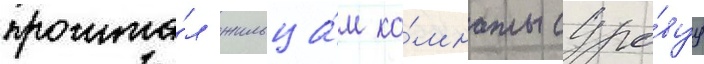
прочита́л жильца́м ко́мнаты суро́вуу